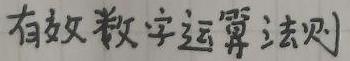
有效数字运算法则